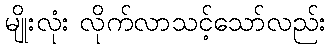
မျိုးလုံး လိုက်လာသင့်သော်လည်း